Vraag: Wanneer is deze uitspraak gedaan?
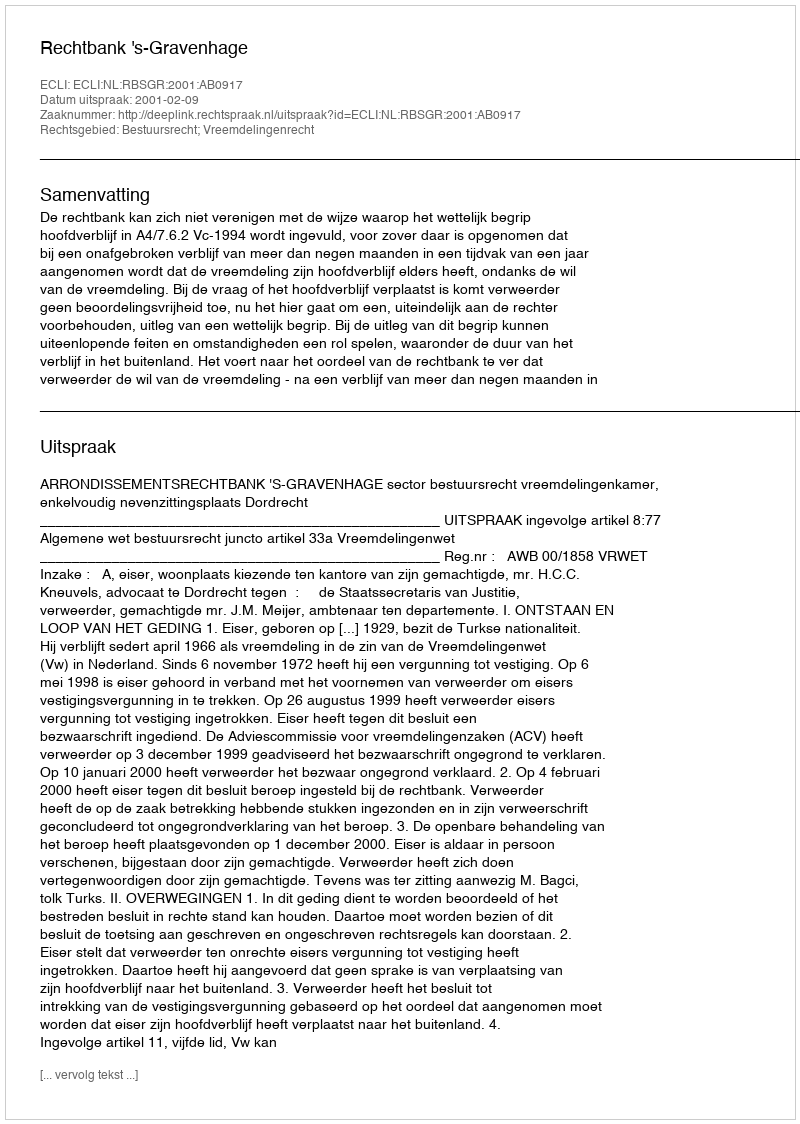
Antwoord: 2001-02-09